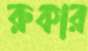
রুকার